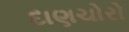
દાણચોરો